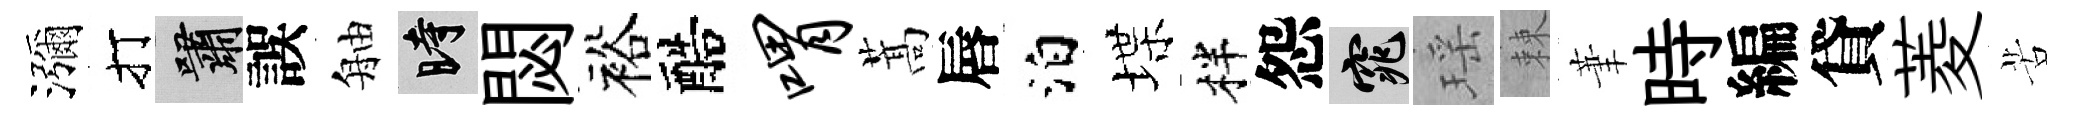
瀰打嘯誤舳时閟裕醅喟蒿唇泊堞柈怨窕瑶棘茟時編貸菱苦